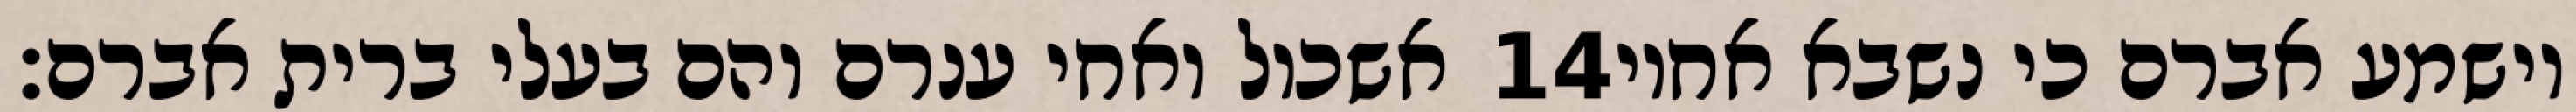
אשכול ואחי ענרם והם בעלי ברית אברם׃ ‎14‏ וישמע אברם כי נשבא אחיו